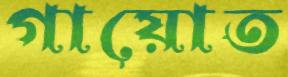
গায়োত